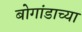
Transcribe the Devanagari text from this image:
बोगांडाच्या